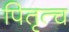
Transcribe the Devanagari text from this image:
पितृत्च